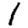
Digit: 1